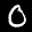
Label: 0